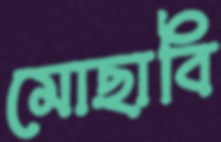
মোছাবি